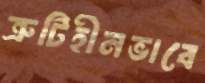
ত্রুটিহীনভাবে